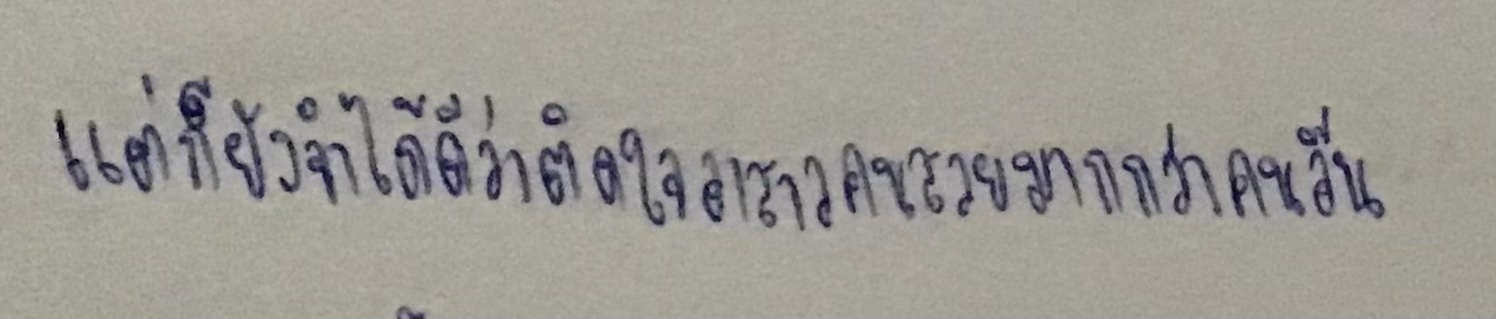
แต่ก็ยังจำได้ดีว่าติดใจอาสาวคนสวยมากกว่าคนอื่น